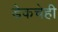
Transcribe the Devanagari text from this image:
डेकचेही